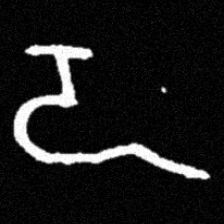
Pyu character \u2014 Myanmar letter: ဍ (romanized: dda)